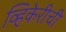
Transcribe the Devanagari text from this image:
व्हिकेरीची